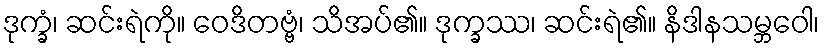
ဒုက္ခံ၊ ဆင်းရဲကို။ ဝေဒိတဗ္ဗံ၊ သိအပ်၏။ ဒုက္ခဿ၊ ဆင်းရဲ၏။ နိဒါနသမ္ဘဝေါ၊